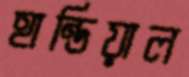
হান্ডিয়াল